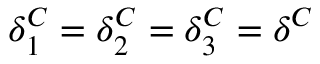
\delta _ { 1 } ^ { C } = \delta _ { 2 } ^ { C } = \delta _ { 3 } ^ { C } = \delta ^ { C }